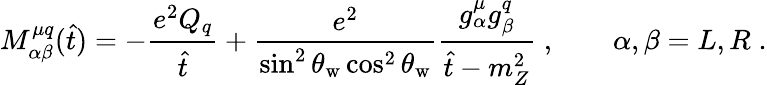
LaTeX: M_{\alpha\beta}^{\mu q}(\hat{t})=-\frac{e^{2}Q_{q}}{\hat{t}}+\frac{e^{2}}{\sin^{2}\theta_{\mathrm{w}}\cos^{2}\theta_{\mathrm{w}}}\frac{g_{\alpha}^{\mu}g_{\beta}^{q}}{\hat{t}-m_{Z}^{2}}\; ,\qquad\alpha,\beta=L,R\; .